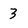
Character: 3